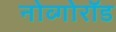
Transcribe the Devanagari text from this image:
नोव्गोरॉड